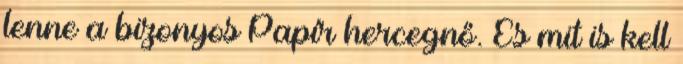
lenne a bizonyos Papír hercegnő. És mit is kell